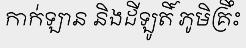
កាក់ឡាន និងដីឡូតិ៍ ភូមិគ្រឹះ